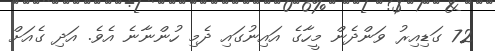
72 ގަޑިއިރު ވަންދެން މީހާގެ އައިނުގައި ދެމި ހުންނާނެ އެވެ. އަދި ގެއަށް